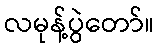
လမုန့်ပွဲတော်။